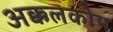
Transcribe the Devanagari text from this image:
अक्कलकोप